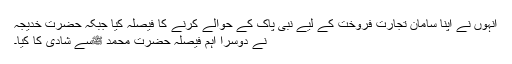
ٓٓانہوں نے اپنا سامان تجارت فروخت کے لیے نبی پاک کے حوالے کرنے کا فیصلہ کیا جبکہ حضرت خدیجہؑ
نے دوسرا اہم فیصلہ حضرت محمد ﷺسے شادی کا کیا۔